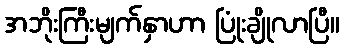
အဘိုးကြီးမျက်နှာဟာ ပြုံးချိုလာပြီ။